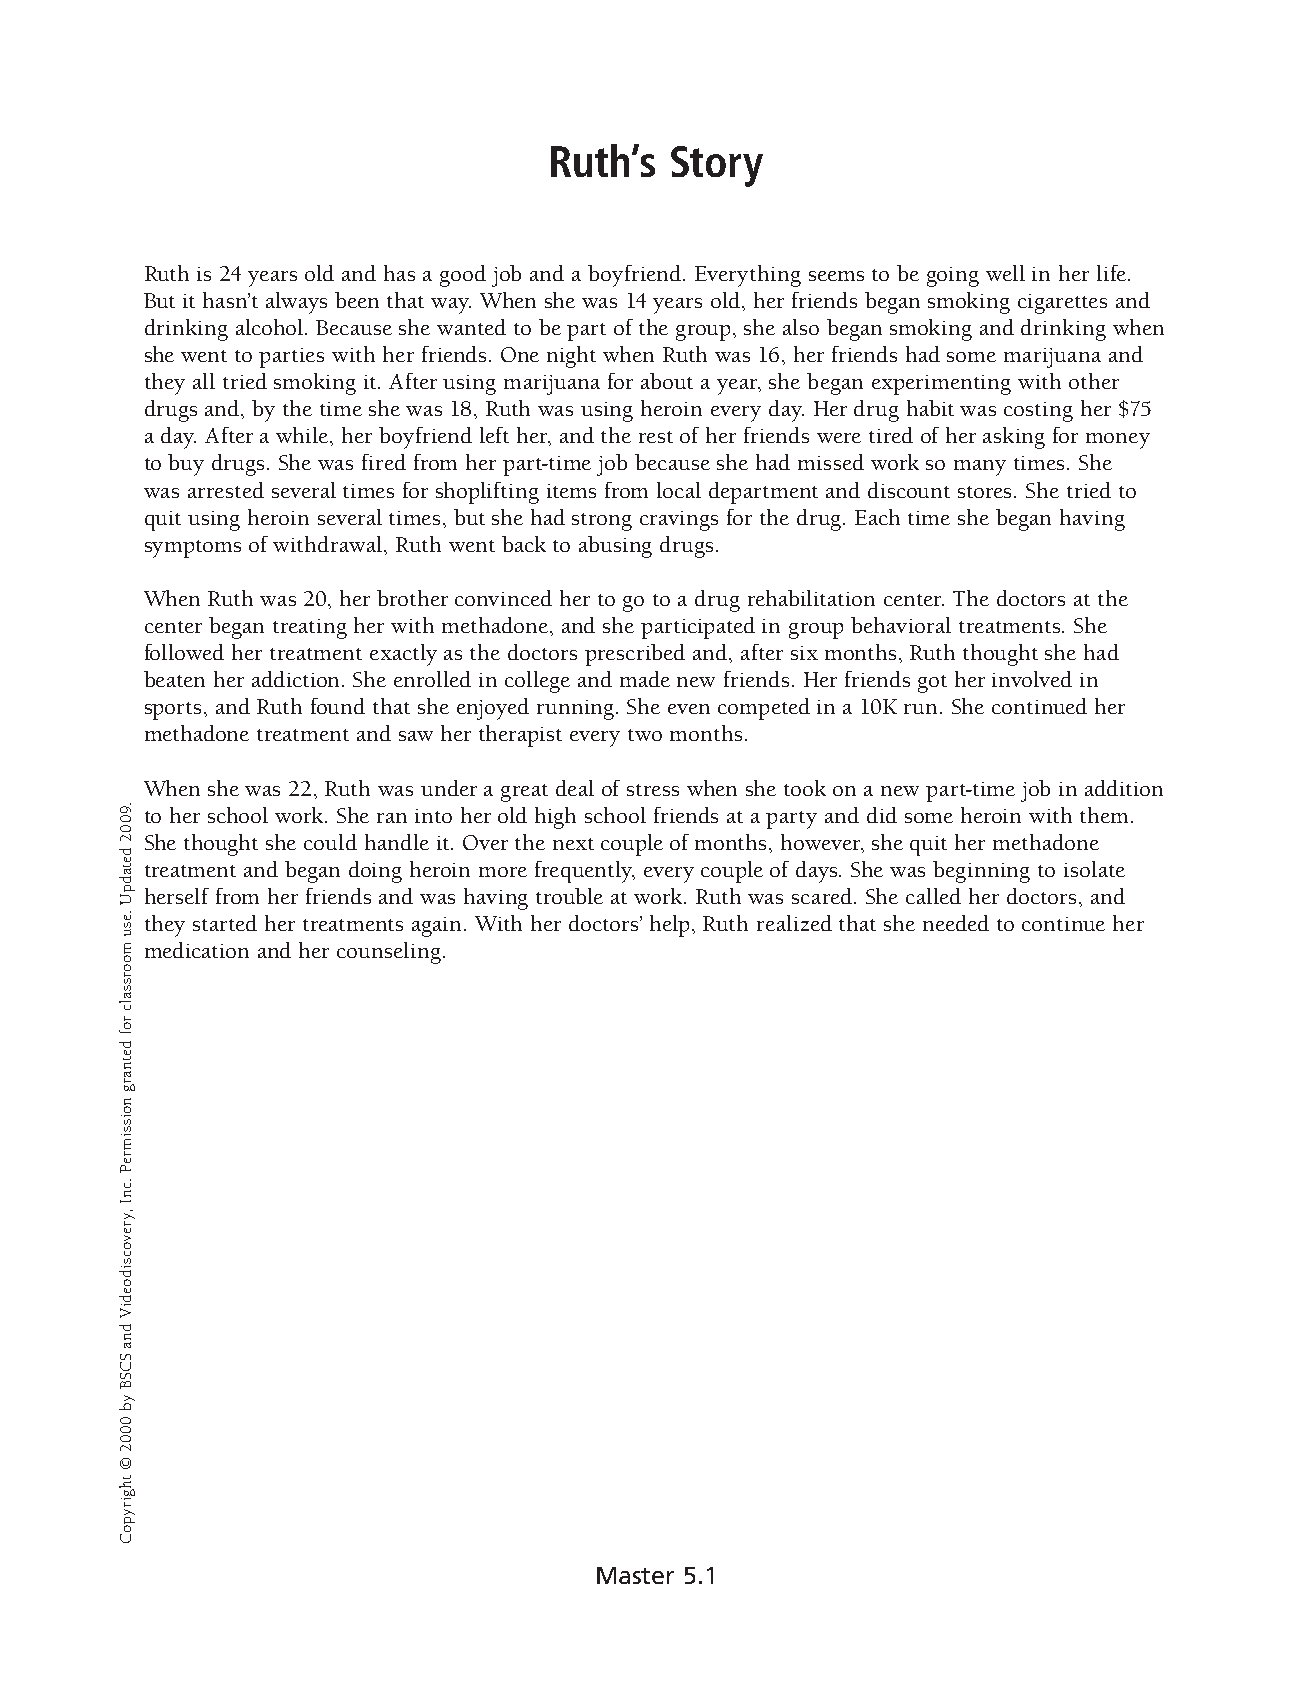
Ruth’s  Story
 Ruth is 24 years old and has a good job and a boyfriend. Everything seems to be going well in her life.
 But it hasn’t always been that way. When she was 14 years old, her friends began smoking cigarettes and
 drinking alcohol. Because she wanted to be part of the group, she also began smoking and drinking when
 she went to parties with her friends. One night when Ruth was 16, her friends had some marijuana and
 they all tried smoking it. After using marijuana for about a year, she began experimenting with other
 drugs and, by the time she was 18, Ruth was using heroin every day. Her drug habit was costing her $75
 a day. After a while, her boyfriend left her, and the rest of her friends were tired of her asking for money
 to buy drugs. She was fired from her part-time job because she had missed work so many times. She
 was arrested several times for shoplifting items from local department and discount stores. She tried to
 quit using heroin several times, but she had strong cravings for the drug. Each time she began having
 symptoms of withdrawal, Ruth went back to abusing drugs.
 When Ruth was 20, her brother convinced her to go to a drug rehabilitation center. The doctors at the
 center began treating her with methadone, and she participated in group behavioral treatments. She
 followed her treatment exactly as the doctors prescribed and, after six months, Ruth thought she had
 beaten her addiction. She enrolled in college and made new friends. Her friends got her involved in
 sports, and Ruth found that she enjoyed running. She even competed in a 10K run. She continued her
 methadone treatment and saw her therapist every two months.
 When she was 22, Ruth was under a great deal of stress when she took on a new part-time job in addition
 to her school work. She ran into her old high school friends at a party and did some heroin with them.
 She thought she could handle it. Over the next couple of months, however, she quit her methadone
 treatment and began doing heroin more frequently, every couple of days. She was beginning to isolate
 herself from her friends and was having trouble at work. Ruth was scared. She called her doctors, and
 they started her treatments again. With her doctors’ help, Ruth realized that she needed to continue her
 medication and her counseling.
 Master 5.1
 .9002
 detadpU
 .esu
 moorssalc
 rof
 detnarg
 noissimreP
 .cnI
 ,yrevocsidoediV
 dna
 SCSB
 yb
 0002
 ©
 thgirypoC